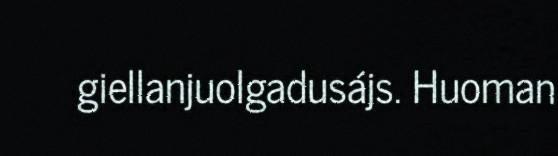
giellanjuolgadusájs. Huoman